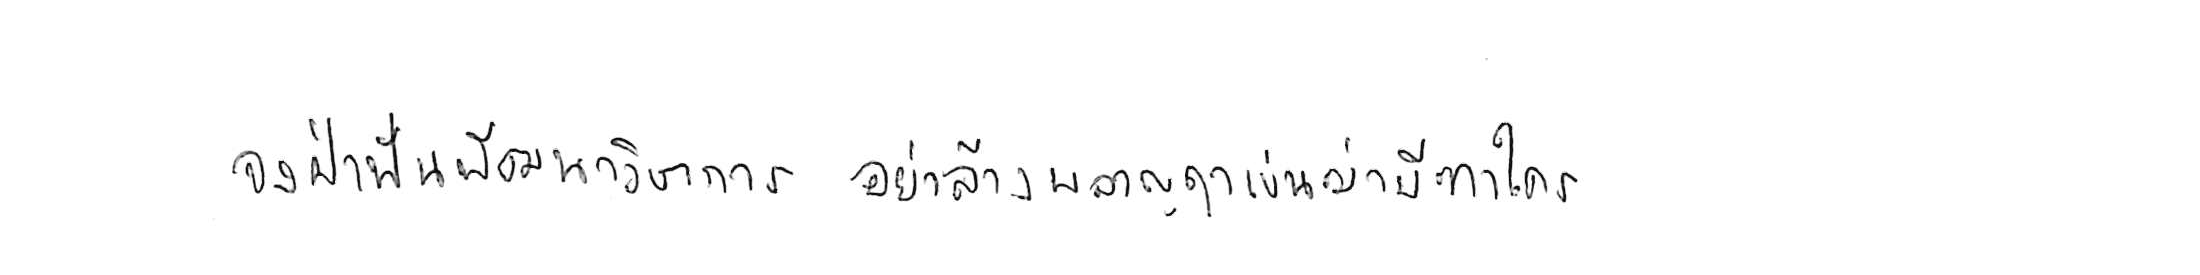
จงฝ่าฟันพัฒนาวิชาการ อย่าล้างผลาญฤๅเข่นฆ่าบีฑาใคร